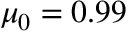
\mu _ { 0 } = 0 . 9 9